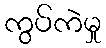
ကွပ်ကဲမှု